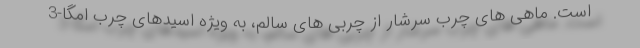
است. ماهی های چرب سرشار از چربی های سالم، به ویژه اسیدهای چرب امگا-3